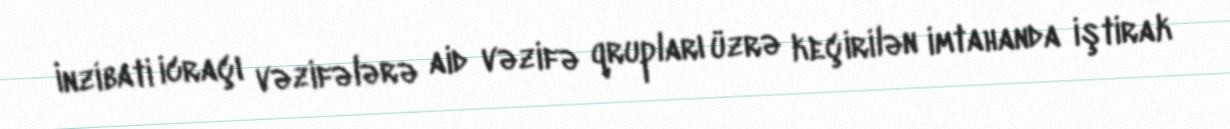
İnzibati icraçı vəzifələrə aid vəzifə qrupları üzrə keçirilən imtahanda iştirak